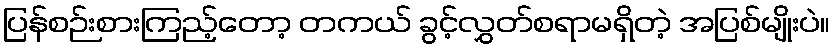
ပြန်စဉ်းစားကြည့်တော့ တကယ် ခွင့်လွှတ်စရာမရှိတဲ့ အပြစ်မျိုးပဲ။